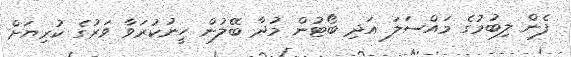
ފެން ލިބުމުގެ މައްސަލަ އަދި ބޯޓުން މުދާ ބޭލުން ހީނުކުރަވާ ވަރުގެ ކުރިޔަށް